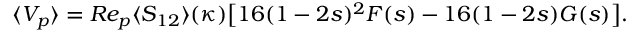
\begin{array} { r } { \langle V _ { p } \rangle = R e _ { p } \langle S _ { 1 2 } \rangle ( \kappa ) \big [ 1 6 ( 1 - 2 s ) ^ { 2 } F ( s ) - 1 6 ( 1 - 2 s ) G ( s ) \big ] . } \end{array}